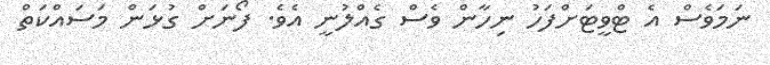
ނަމަވެސް އެ ޓްވީޓަށްފަހު ނިހާން ވެސް ގެއްލުނީ އެވެ. ފޯނަށް ގުޅަން މަސައްކަތް